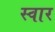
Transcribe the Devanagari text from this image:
स्‍वार